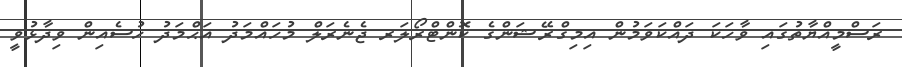
ރަސްމީއްޔާތުގައި ވާހަކަ ދައްކަވަމުން އިމިގްރޭޝަންގެ ކޮންޓްރޯލަރ ޖެނެރަލް މުހައްމަދު އަޙްމަދު ހުސެއިން ވިދާޅުވީ